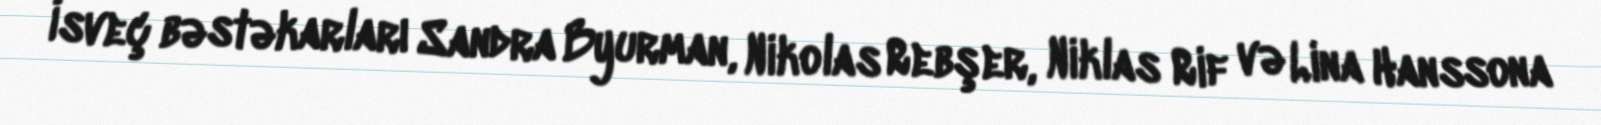
İsveç bəstəkarları Sandra Byurman, Nikolas Rebşer, Niklas Rif və Lina Hanssona